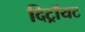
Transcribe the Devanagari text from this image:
दिट्रॉयट